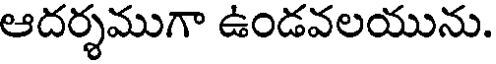
ఆదర్శముగా ఉండవలయును.